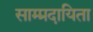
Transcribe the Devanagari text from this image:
साम्प्रदायिता